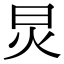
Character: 炅